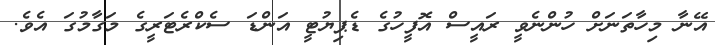
އޭނާ މިހާތަނަށް ހުންނެވީ ރައީސް އޮފީހުގެ ޑެޕިޔުޓީ އަންޑަ ސެކްރެޓަރީގެ މަގާމުގަ އެވެ.